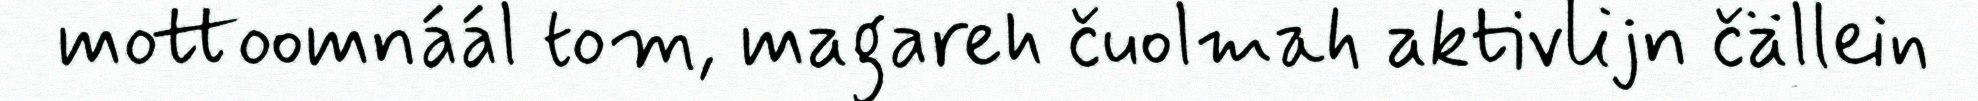
mottoomnáál tom, magareh čuolmah aktivlijn čällein